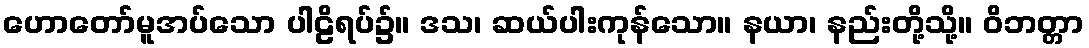
ဟောတော်မူအပ်သော ပါဠိရပ်၌။ ဒသ၊ ဆယ်ပါးကုန်သော။ နယာ၊ နည်းတို့သို့။ ဝိဘတ္တာ